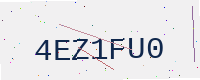
Text: 4EZ1FU0